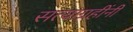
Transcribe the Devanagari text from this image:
सत्याग्रहींनी